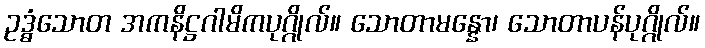
ဥဒ္ဓံသောတ အကနိဋ္ဌဂါမိကပုဂ္ဂိုလ်။ သောတာမန္နော၊ သောတာပန်ပုဂ္ဂိုလ်။